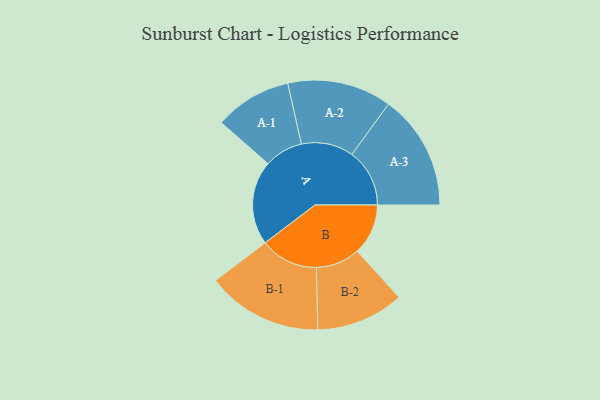
{"axis": {"x": "Segment", "y": "Value"}, "legend": ["", "A", "B"], "data": [{"x": "A", "y": 422, "type": ""}, {"x": "B", "y": 256, "type": ""}, {"x": "A-1", "y": 194, "type": "A"}, {"x": "A-2", "y": 262, "type": "A"}, {"x": "A-3", "y": 290, "type": "A"}, {"x": "B-1", "y": 291, "type": "B"}, {"x": "B-2", "y": 221, "type": "B"}]}